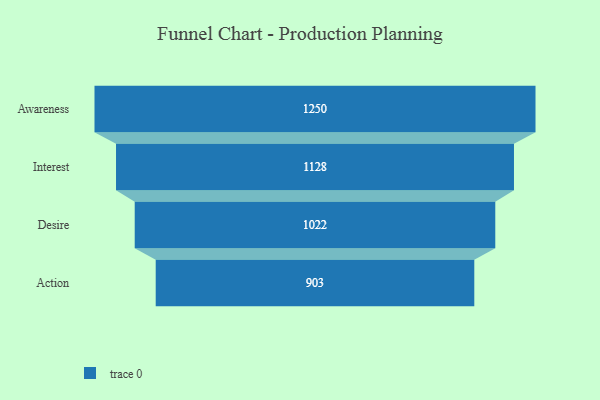
{"axis": {"x": "Stage", "y": "Value"}, "legend": [""], "data": [{"x": "Awareness", "y": 1250.0, "type": ""}, {"x": "Interest", "y": 1128.0, "type": ""}, {"x": "Desire", "y": 1022.0, "type": ""}, {"x": "Action", "y": 903.0, "type": ""}]}